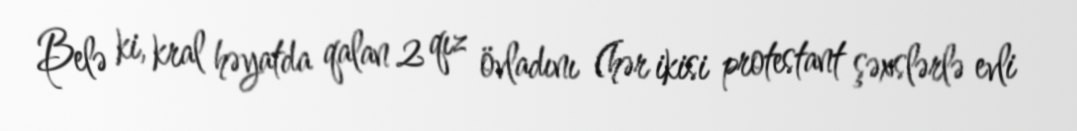
Belə ki, kral həyatda qalan 2 qız övladını (hər ikisi protestant şəxslərlə evli